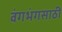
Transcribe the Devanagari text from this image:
वंगभंगसाठी